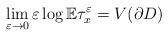
LaTeX: \begin{align*} \lim_{{\varepsilon} \to 0} {\varepsilon} \log {\mathbb{E}}\tau^{\varepsilon}_x = V(\partial D)\end{align*}